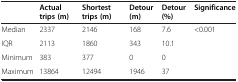
|  | Actual trips (m) | Shortest trips (m) | Detour (m) | Detour (%) | Significance |
 | --- | --- | --- | --- | --- | --- |
 | Median | 2337 | 2146 | 168 | 7.6 | <0.001 |
 | IQR | 2113 | 1860 | 343 | 10.1 |  |
 | Minimum | 383 | 377 | 0 | 0 |  |
 | Maximum | 13864 | 12494 | 1946 | 37 |  |